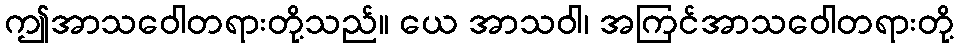
ဤအာသဝေါတရားတို့သည်။ ယေ အာသဝါ၊ အကြင်အာသဝေါတရားတို့